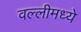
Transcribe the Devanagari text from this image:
वल्लीमध्ये